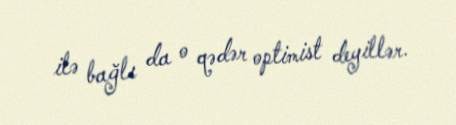
ilə bağlı da o qədər optimist deyillər.